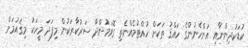
ކުޑަކުދިންނާއި އަންހެނުންގެ ހައްޤު ތަކަށް ހުއްޓުމެއްނެތި ގޮވަމުންދާ ސަރުކާރަކުން މިފަދަ މީހަކު މިޤައުމަށް